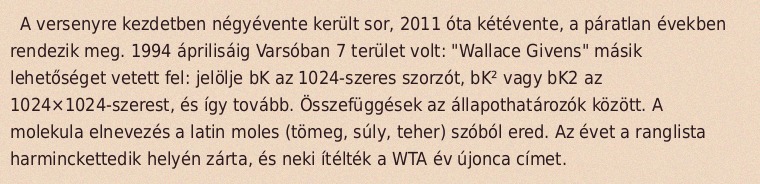
A versenyre kezdetben négyévente került sor, 2011 óta kétévente, a páratlan években rendezik meg. 1994 áprilisáig Varsóban 7 terület volt: "Wallace Givens" másik lehetőséget vetett fel: jelölje bK az 1024-szeres szorzót, bK² vagy bK2 az 1024×1024-szerest, és így tovább. Összefüggések az állapothatározók között. A molekula elnevezés a latin moles (tömeg, súly, teher) szóból ered. Az évet a ranglista harminckettedik helyén zárta, és neki ítélték a WTA év újonca címet.